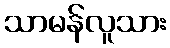
သာမန်လူသား